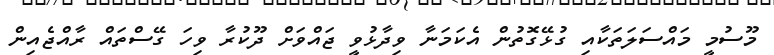
މޫސުމީ މައްސަލަތަކާއި ގުޅޭގޮތުން އެކަމަނާ ވިދާޅުވީ ޖައްވަށް ދޫކުރާ ވިހަ ގޭސްތައް ރާއްޖެއިން